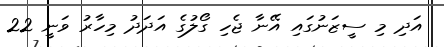
އަދި މި ސީޒަނުގައި އޭނާ ޖެހި ގޯލުގެ އަދަދު މިހާރު ވަނީ 22